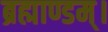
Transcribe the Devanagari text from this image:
ब्रह्माण्डम्।